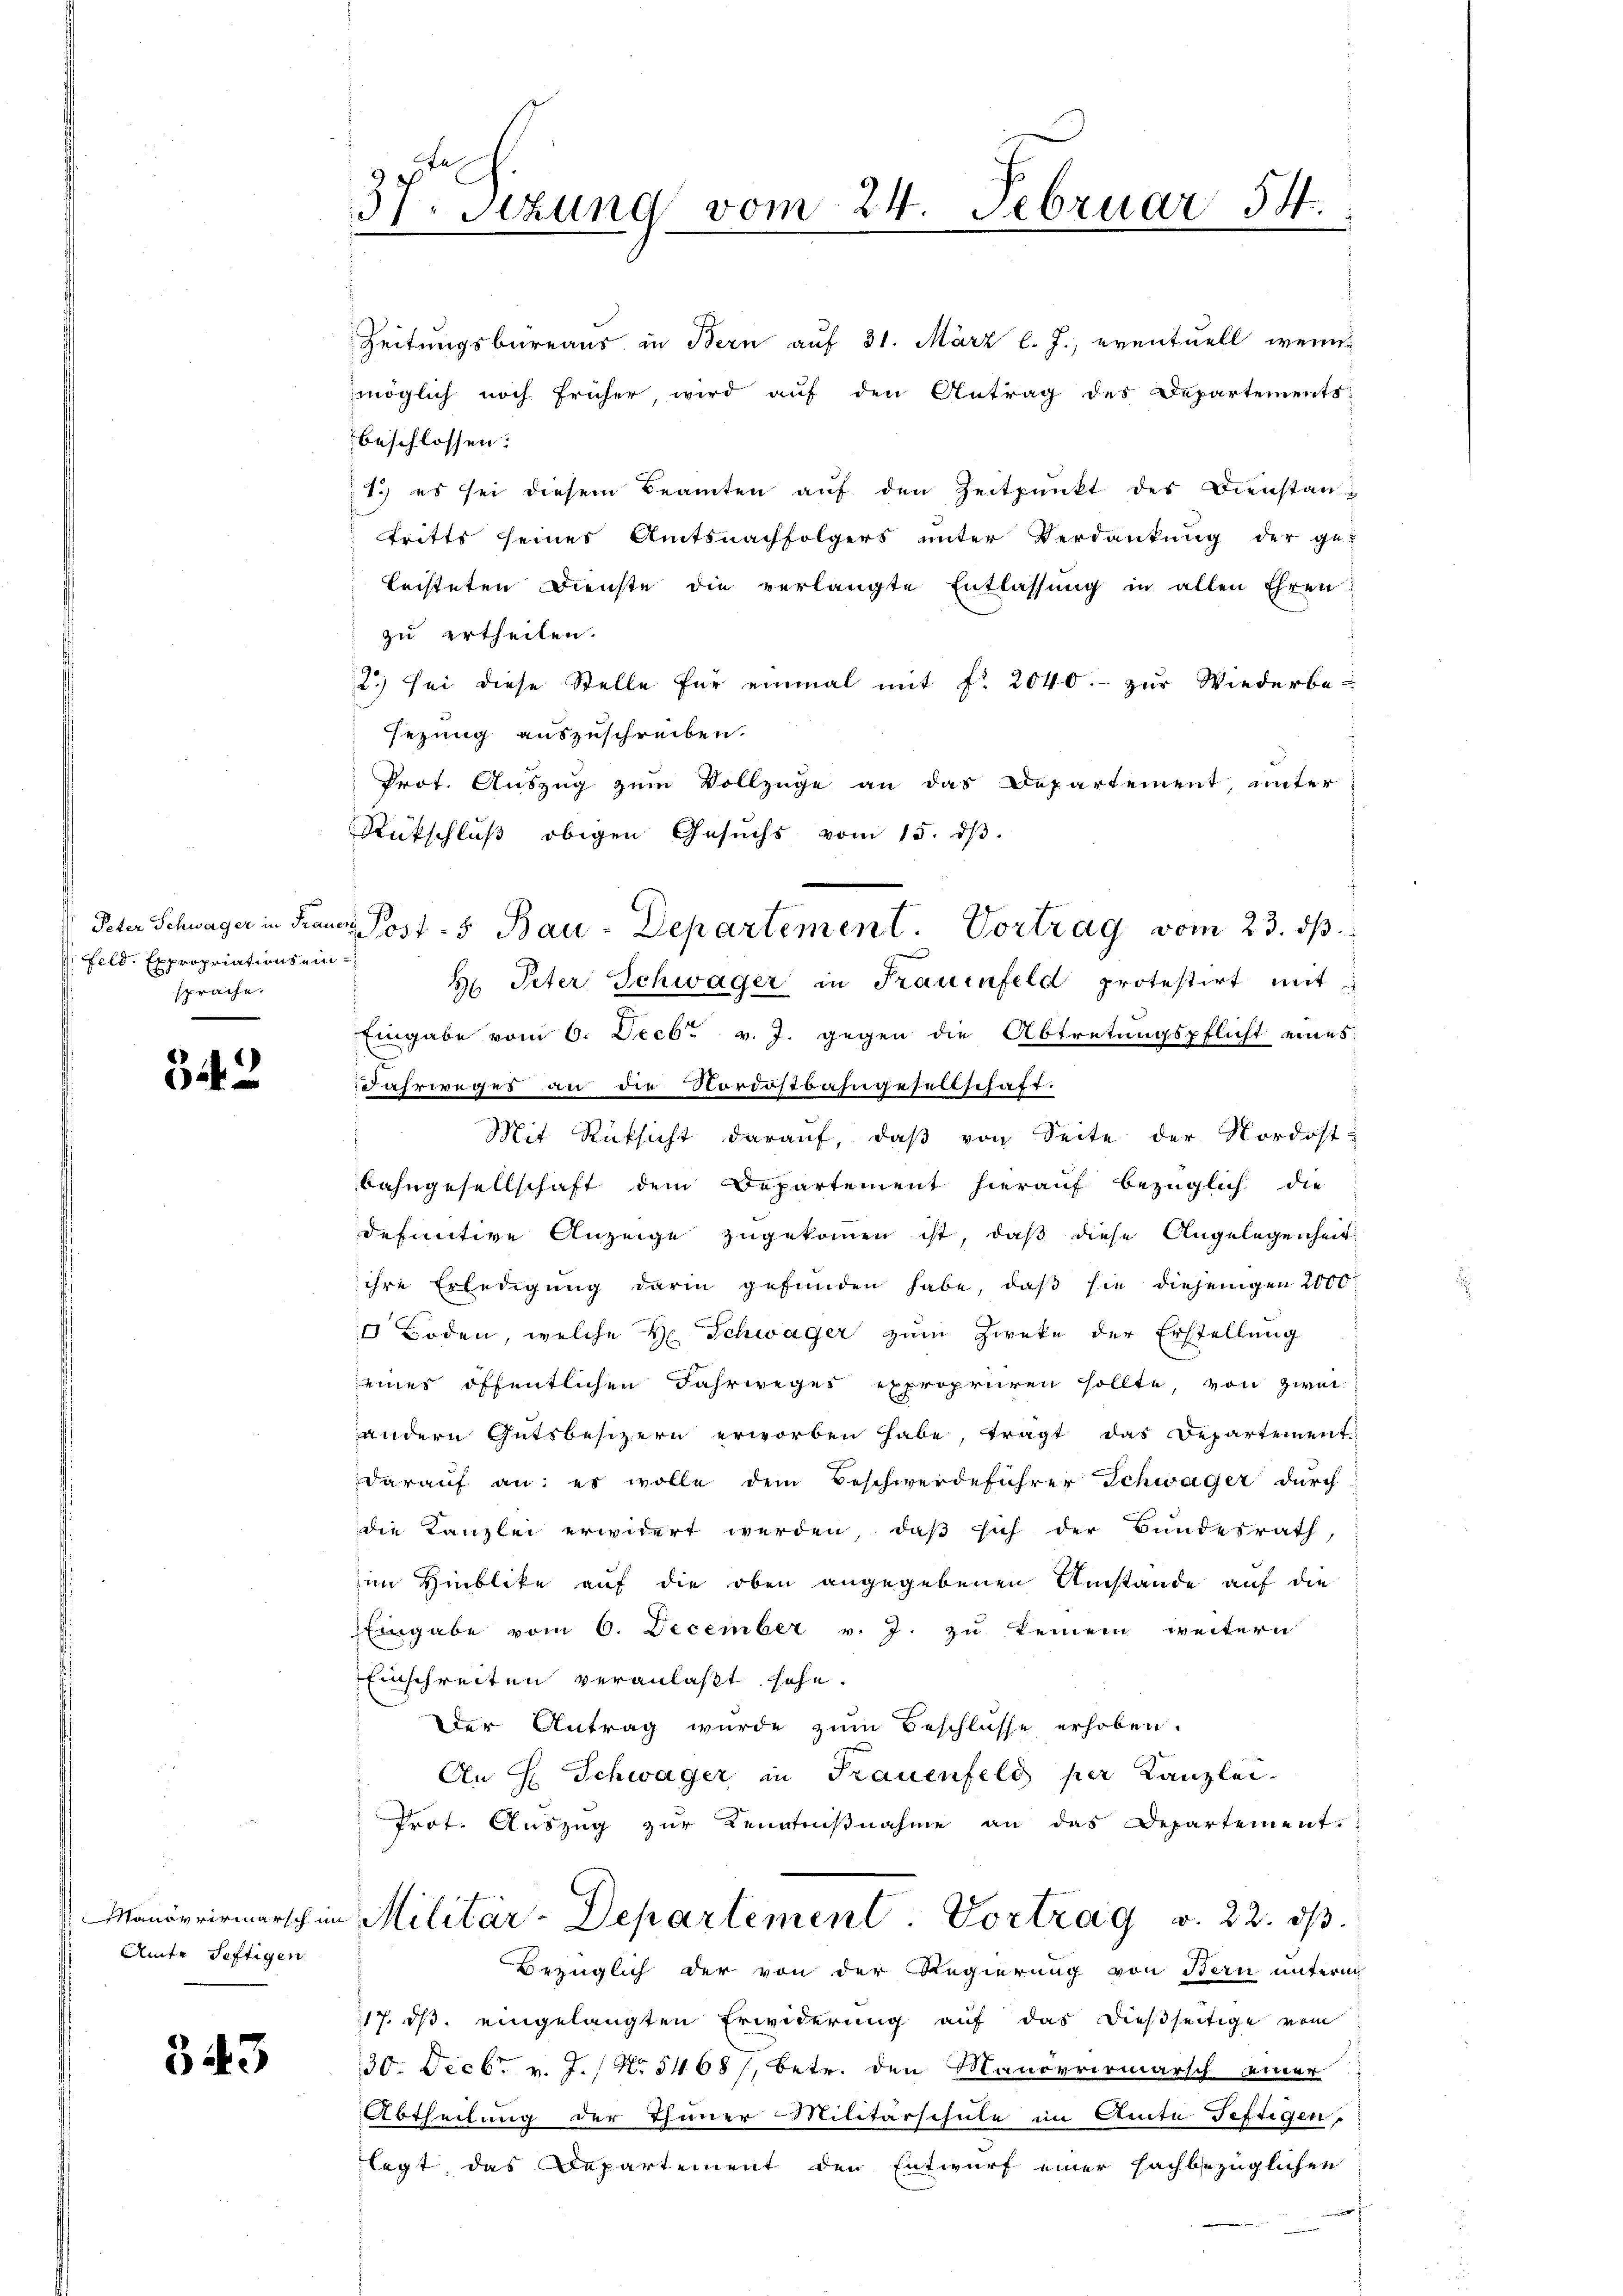
Peter Schwager in Fraue
feld. Expropriations ein.
sprache.

34. 2

Manövrirmarsch im
Amte Seftigen

343

37. Sizung vom 24. Februar 54.

Zeitungsbureaus in Bern auf 31. März l. J., eventuell wenn
möglich noch früher, wird auf den Antrag des Departements-
beschlossen:
1.) es sei diesem Beamten aŭf den Zeitpunkt des Dienstantritts seines Amtsnachfolgers unter Verdankung der ge-
leisteten Dienste die verlangte Entlassung in allen Ehren!
zu ertheilen.
2) sei diese Stelle für einmal mit fr. 2040.- zur Wiederbe-
sezung auszuschreiben.
Prot. Auszug zum Vollzüge an das Departement, unter
Rückschluß obigen Gesuchs vom 15. dβ.
Hr. Peter Schwäger in Frauenfeld protestirt mit
Eingabe vom 6. Decbr v. J. gegen die Abtretungspflicht eines
Fahrweges an die Nordostbahngesellschaft.
Mit Rücksicht darauf, daß von Seite der Nordost-
Bahngesellschaft dem Departement hierauf bezüglich die
definitive Anzeige zugekommen ist, daß diese Angelegenheit
ihre Erledigung darin gefunden habe, daß sie diejenigen 2000
 Boden, welche H. Schwäger zum Zweke der Erstellung
seines öffentlichen Fahrweges expropriiren sollte, von zweiandern Gutsbesitzern erworben habe fragt das Departement-
darauf an, es wolle dem Beschwerdeführer Schwager durch
die Kanzlei erwidert werden, daß sich der Bundesrath,
im Hinblike auf die oben angegebenen Umstände auf die
Eingabe vom 6. December v. J. zu keinem weitern
Einschreiten veranlaßt sehe.
Der Antrag wurde zŭm Beschlüsse erhoben.
An H. Schwager in Frauenfeld per Kanzlei-
Prot. Aŭszŭg zŭr Kenntniβnahme an das Departement.
Militär-Departement Vortrag v. 22. ds.
Bezüglich der von der Regierung von Bern unterm
117. ds. eingelangten Erwiderung auf das dießseitige vom
30. Decbr v. J. / No 5468/, betr. den Manövrirmarsch einer
Abtheilung der Thuner-Militärschule im Amte Feftigen
legt das Departement den Entwurf einer sachbezüglichen
.

Post-5 Bau-Departement. Vortrag vom 23. dβ